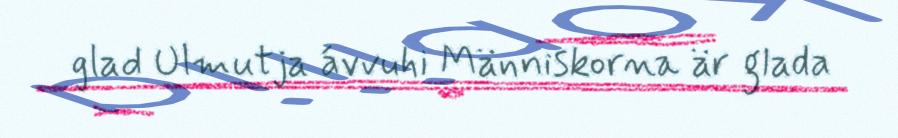
glad Ulmutja ávvuhi Människorna är glada